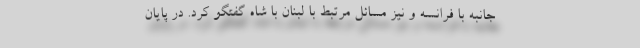
جانبه با فرانسه و نیز مسائل مرتبط با لبنان با شاه گفتگو کرد. در پایان